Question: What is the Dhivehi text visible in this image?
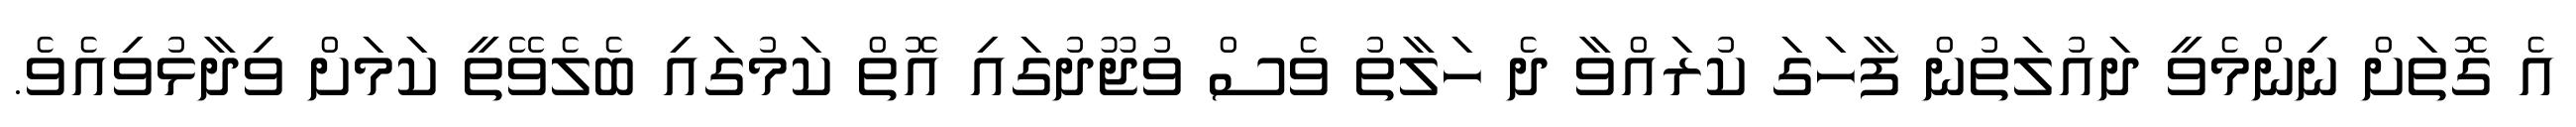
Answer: އެ ގޮތަށް ނިންމެވީ ދައުލަތުން ފާހަގަ ކުރައްވާ ދެ ހަލާތު ވެސް ވުޖޫދުގައި އޮތް ކަމުގައި ބެލެވޭތީ ކަމަށް ވިދާޅުވިއެވެ.